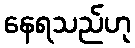
နေရသည်ဟု